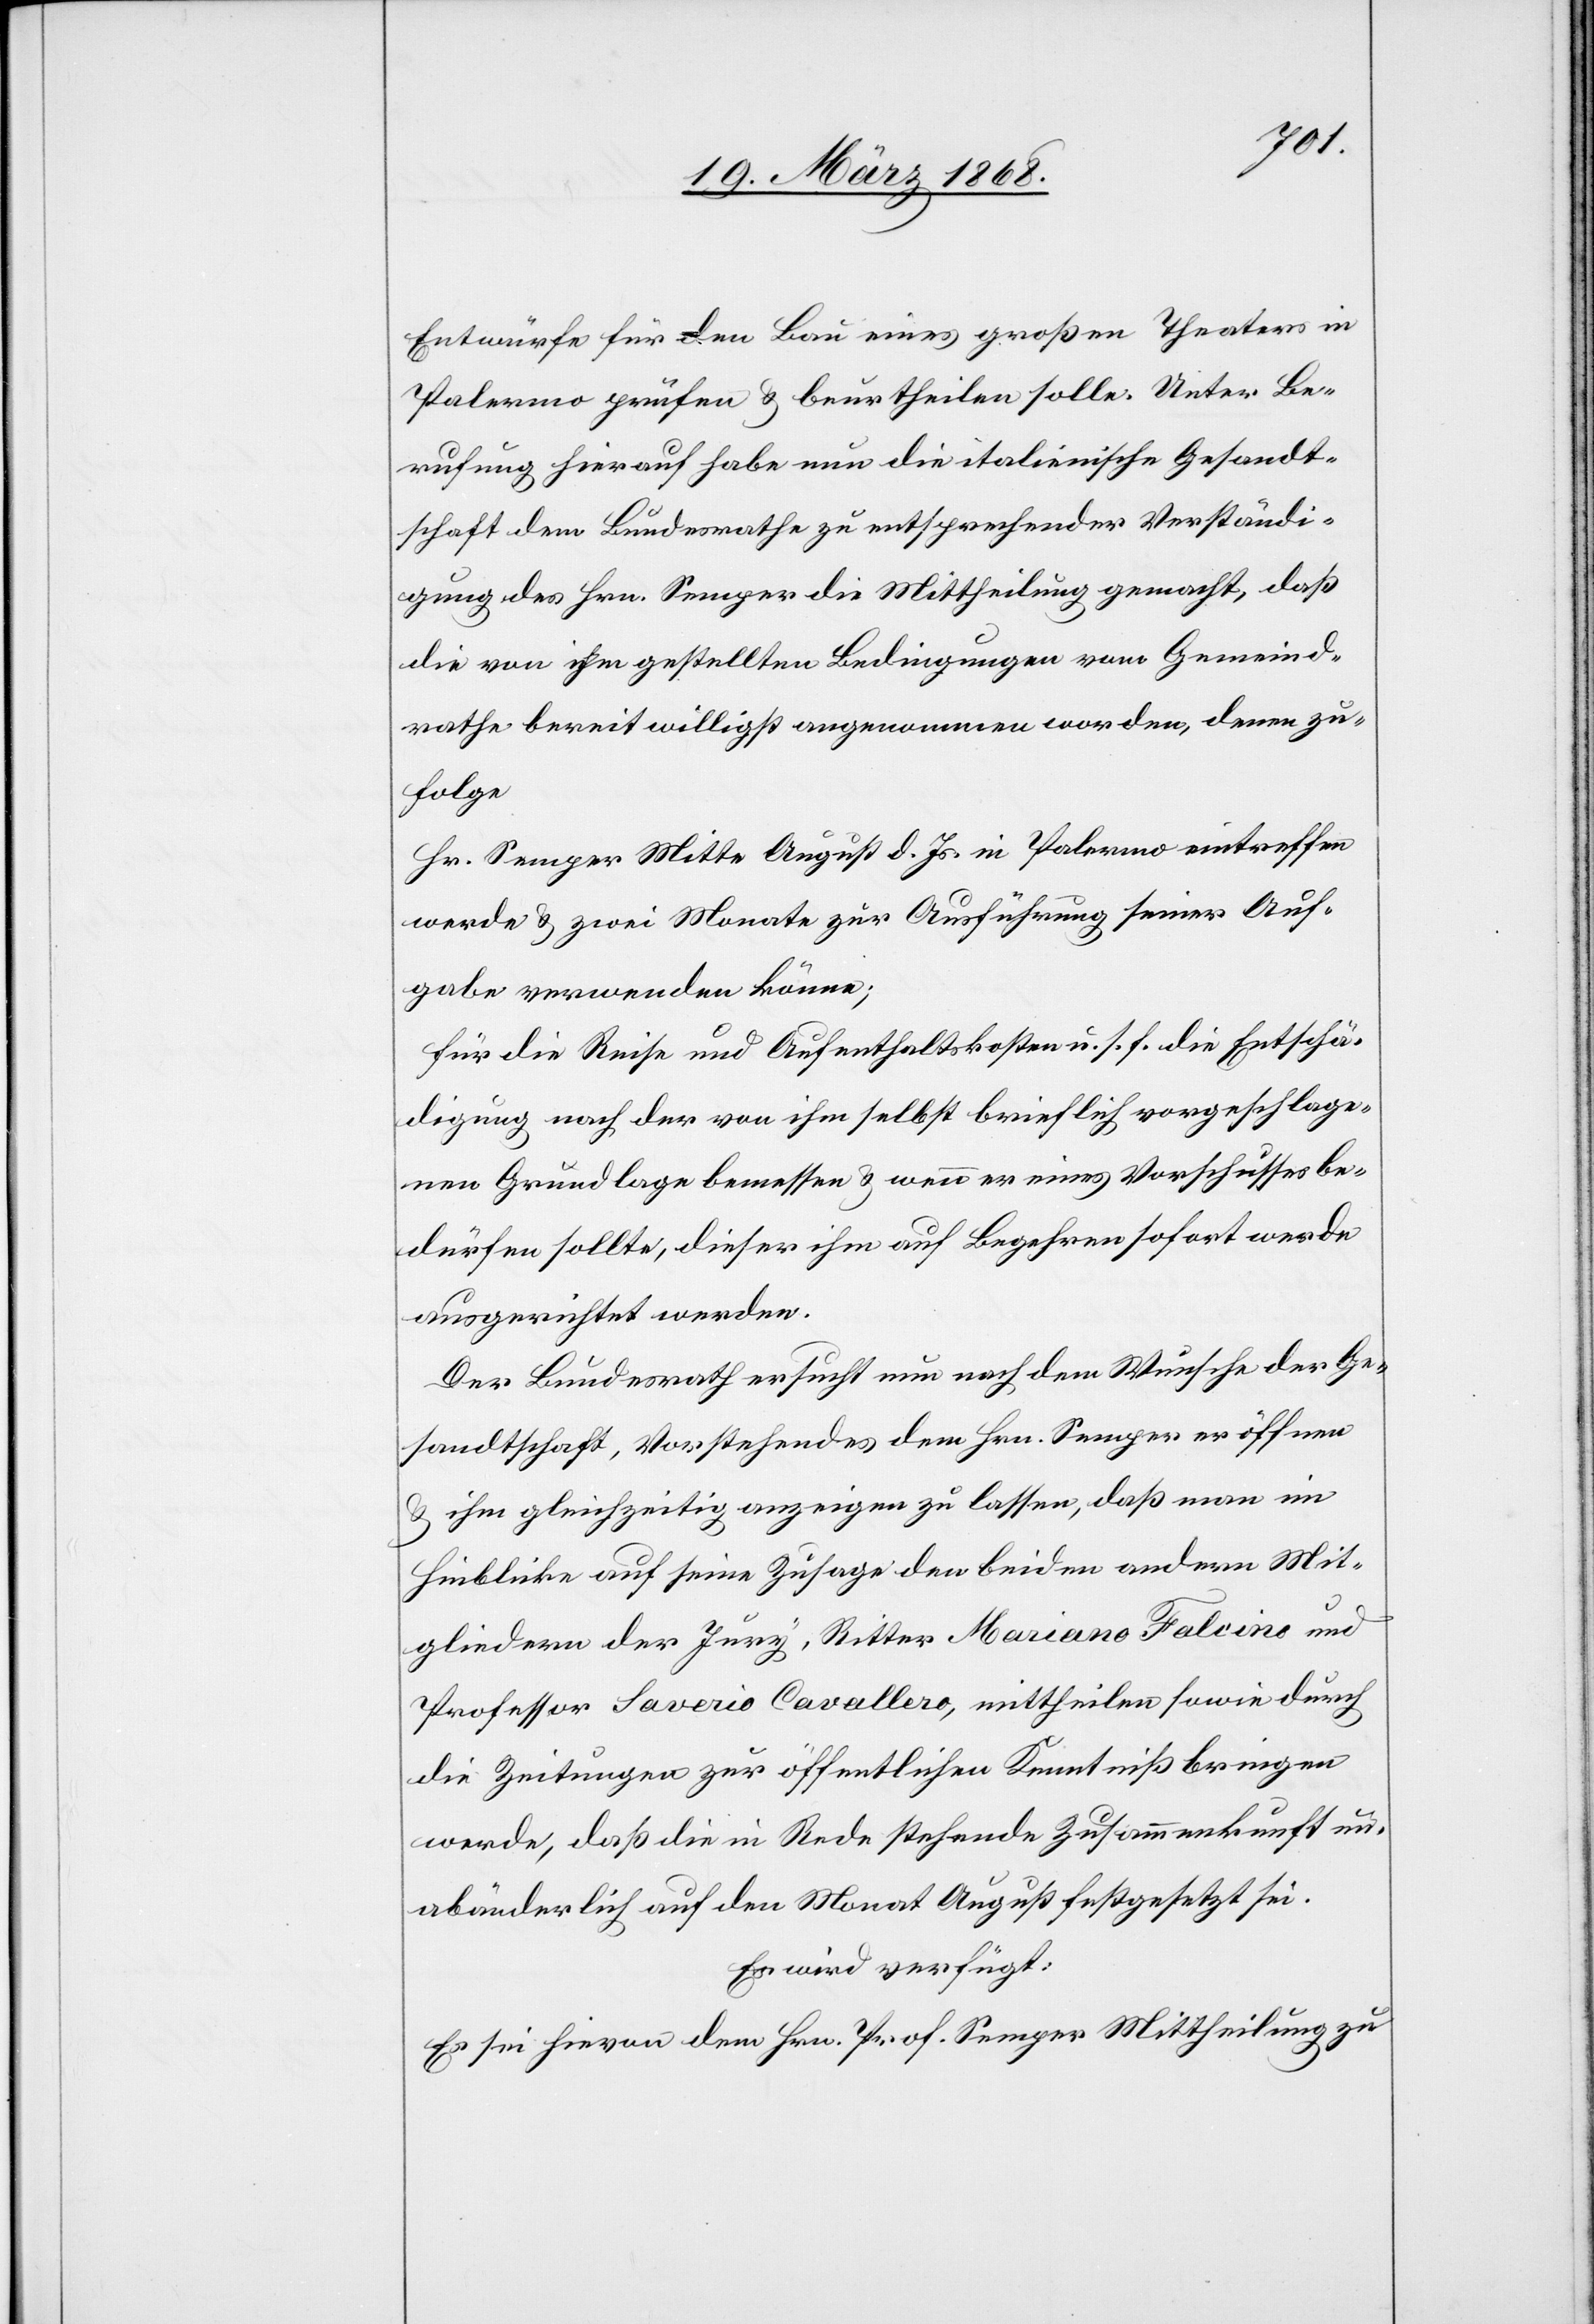
Entwürfe für den Bau eines großen Theaters in
Palermo prüfen & beurtheilen solle. Unter Be¬
rufung hierauf habe nun die italienische Gesandt¬
schaft dem Bundesrathe zu entsprechender Verständi¬
gung des Hrn. Semper die Mittheilung gemacht, daß
die von ihm gestellten Bedingungen vom Gemeind¬
rathe bereitwilligst angenommen worden, denen zu¬
folge
Hr. Semper Mitte August d. Js. in Palermo eintreffen
werde & zwei Monate zur Ausführung seiner Auf¬
gabe verwenden könne;
für die Reise und Aufenthaltskosten u. s. f. die Entschä¬
digung nach der von ihm selbst brieflich vorgeschlage¬
nen Grundlage bemessen & wenn er eines Vorschusses be¬
dürfen sollte, dieser ihm auf Begehren sofort werde
ausgerichtet werden.
Der Bundesrath ersucht nun nach dem Wunsche der Ge¬
sandtschaft, Vorstehendes dem Hrn. Semper eröffnen
& ihm gleichzeitig anzeigen zu lassen, daß man im
Hinblicke auf seine Zusage den beiden andern Mit¬
gliedern der Jury, Ritter Mariano Falcino und
Professor Saverio Cavallero, mittheilen sowie durch
die Zeitungen zur öffentlichen Kenntniß bringen
werde, daß die in Rede stehende Zusammenkunft un¬
abänderlich auf den Monat August festgesetzt sei.
Es wird verfügt:
Es sei hievon dem Hrn. Prof. Semper Mittheilung zu